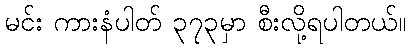
မင်း ကားနံပါတ် ၃၇၃မှာ စီးလို့ရပါတယ်။